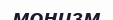
монизм